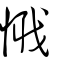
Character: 𢟘